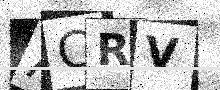
Text: ACRV